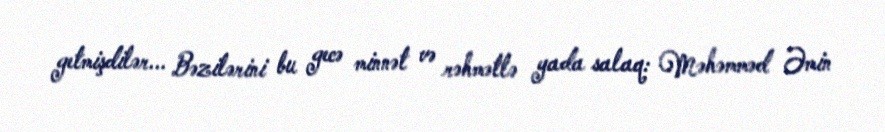
getmişdilər... Bəzilərini bu gecə minnət və rəhmətlə yada salaq: Məhəmməd Əmin